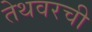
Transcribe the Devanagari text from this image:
तेथवरची